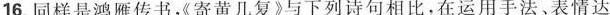
16.同样是鸿雁传书《寄黄几复》与下列诗句相比，在运用手法、表情达